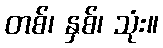
တစ်၊ နှစ်၊ သုံး။